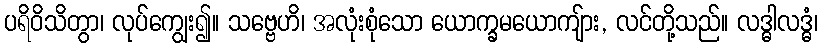
ပရိဝိသိတွာ၊ လုပ်ကျွေး၍။ သဗ္ဗေဟိ၊ အလုံးစုံသော ယောက္ခမယောကျ်ား, လင်တို့သည်။ လဒ္ဓါလဒ္ဓံ၊